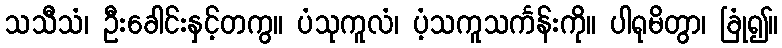
သသီသံ၊ ဦးခေါင်းနှင့်တကွ။ ပံသုကူလံ၊ ပံ့သကူသင်္ကန်းကို။ ပါရုမိတွာ၊ ခြုံ၍။